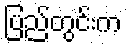
ပြည်တွင်းက